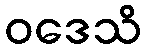
ဝဒေသိ